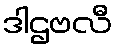
ဒါဌဗလီ